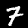
Label: 7